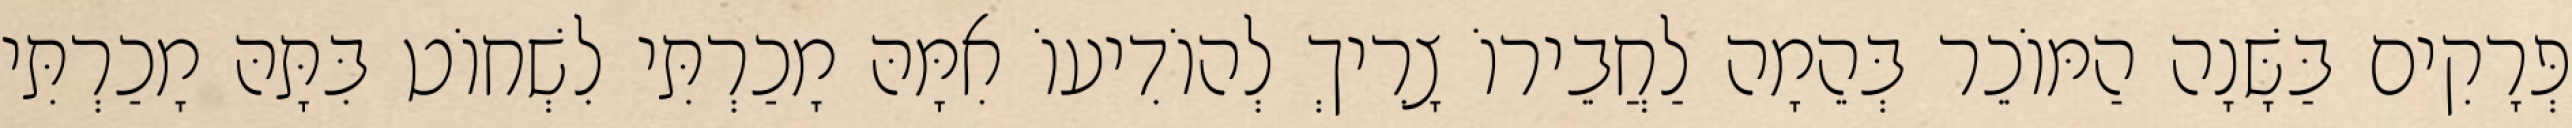
פְּרָקִים בַּשָּׁנָה הַמּוֹכֵר בְּהֵמָה לַחֲבֵירוֹ צָרִיךְ לְהוֹדִיעוֹ אִמָּהּ מָכַרְתִּי לִשְׁחוֹט בִּתָּהּ מָכַרְתִּי